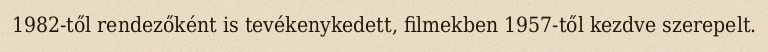
1982-től rendezőként is tevékenykedett, filmekben 1957-től kezdve szerepelt.